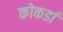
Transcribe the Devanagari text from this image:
कोकर्डा